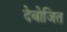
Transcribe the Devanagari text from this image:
देबोजित